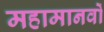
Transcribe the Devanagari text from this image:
महामानवों